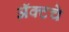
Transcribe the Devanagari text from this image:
ॲक्टचे